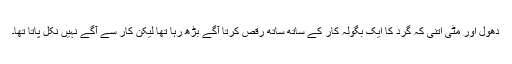
دھول اور مٹی اتنی کہ گرد کا ایک بگولہ کار کے ساتھ ساتھ رقص کرتا آگے بڑھ رہا تھا لیکن کار سے آگے نہیں نکل پاتا تھا۔